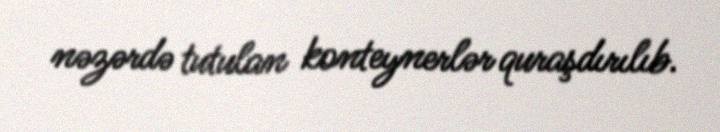
nəzərdə tutulan konteynerlər quraşdırılıb.